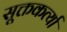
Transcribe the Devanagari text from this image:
सूक्तकर्त्या